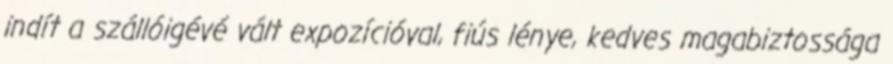
indít a szállóigévé vált expozícióval, fiús lénye, kedves magabiztossága